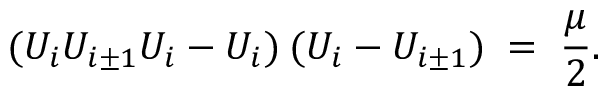
( U _ { i } U _ { i \pm 1 } U _ { i } - U _ { i } ) \: ( U _ { i } - U _ { i \pm 1 } ) \; = \; \frac { \mu } { 2 } .